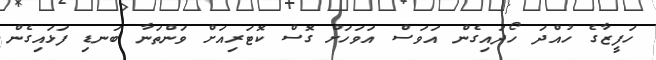
ހަފީޒާގެ ހުއްދަ ހޯދައިގެން އަވަސް އަވަހަށް ގޮސް ކޮޓަރިއަށް ވަންތަނާ ބަނޑި ފަޅައިގެން